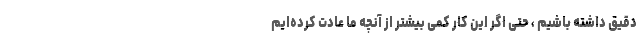
دقیق داشته باشیم ، حتی اگر این کار کمی بیشتر از آنچه ما عادت کرده‌ایم